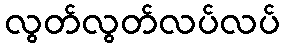
လွတ်လွတ်လပ်လပ်